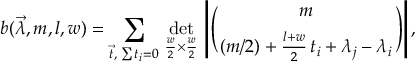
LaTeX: b ( \vec { \lambda } , m , l , w ) = \sum _ { \vec { t } , \; \sum t _ { i } = 0 } \, \operatorname * { d e t } _ { \frac { w } { 2 } \times \frac { w } { 2 } } \, \left| \Biggl ( { m \atop ( m / 2 ) + \frac { l + w } { 2 } \, t _ { i } + \lambda _ { j } - \lambda _ { i } } \Biggr ) \right| ,